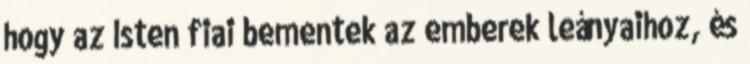
hogy az Isten fiai bementek az emberek leányaihoz, és